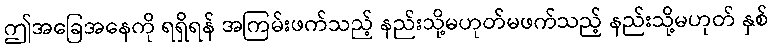
ဤအခြေအနေကို ရရှိရန် အကြမ်းဖက်သည့် နည်းသို့မဟုတ်မဖက်သည့် နည်းသို့မဟုတ် နှစ်